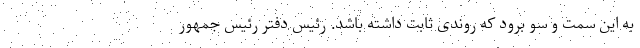
به این سمت و سو برود که روندی ثابت داشته باشد. رئیس دفتر رئیس جمهور